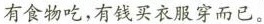
有食物吃，有钱买衣服穿而已。